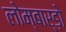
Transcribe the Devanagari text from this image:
लोम्बार्ड़ो